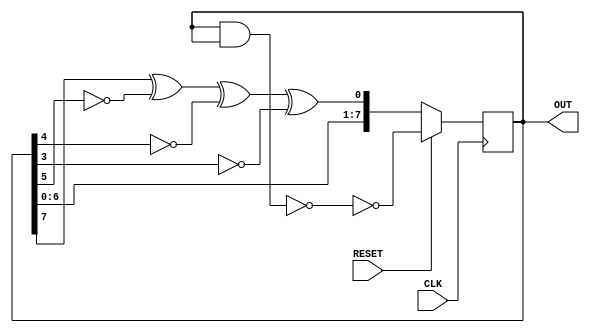
`timescale 1ns / 1ps
//////////////////////////////////////////////////////////////////////////////////
// Company: 
// Engineer: 
// 
// Design Name: 
// Module Name: lfsr
// Project Name: 
// Target Devices: 
// Tool Versions: 
// Description: 
// 
// Dependencies: 
// 
// Revision:
// Revision 0.01 - File Created
// Additional Comments:
// 
//////////////////////////////////////////////////////////////////////////////////


module lfsr(
    CLK,
    RESET,
    OUT
    );
    
    parameter NUM_BITS = 8;
    
    input CLK;
    input RESET;
    output [NUM_BITS-1:0] OUT;
    
    // Declare current state variable
    reg [NUM_BITS:1] LFSR_r = 0;
    reg XNOR_r;
    
    wire [NUM_BITS-1:1] one;    
    assign one = ~(LFSR_r && LFSR_r);
    
    // Sequential block
    always@(posedge CLK)
        begin
            if (RESET == 1'b1)
                LFSR_r <= ~one;
            else
                LFSR_r <= {LFSR_r[NUM_BITS-1:1], XNOR_r};
        end
    
    // Combinatorial block
    always@*
        begin
            case (NUM_BITS)
              
                7: XNOR_r = LFSR_r[7] ^ ~LFSR_r[6];
               
                8: XNOR_r = LFSR_r[8] ^ ~LFSR_r[6] ^ ~LFSR_r[5] ^ ~LFSR_r[4];
                
            endcase
        end
        
    assign OUT = LFSR_r[NUM_BITS:1];
    
endmodule